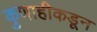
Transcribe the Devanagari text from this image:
कुणाहीकडून